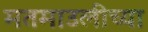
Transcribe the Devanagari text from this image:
मतमाउलीच्या